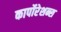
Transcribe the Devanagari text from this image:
कार्पोरेशन्स